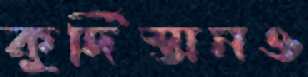
কুর্দিস্তানও